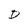
Character: D